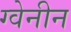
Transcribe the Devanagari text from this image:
ग्वेनीन